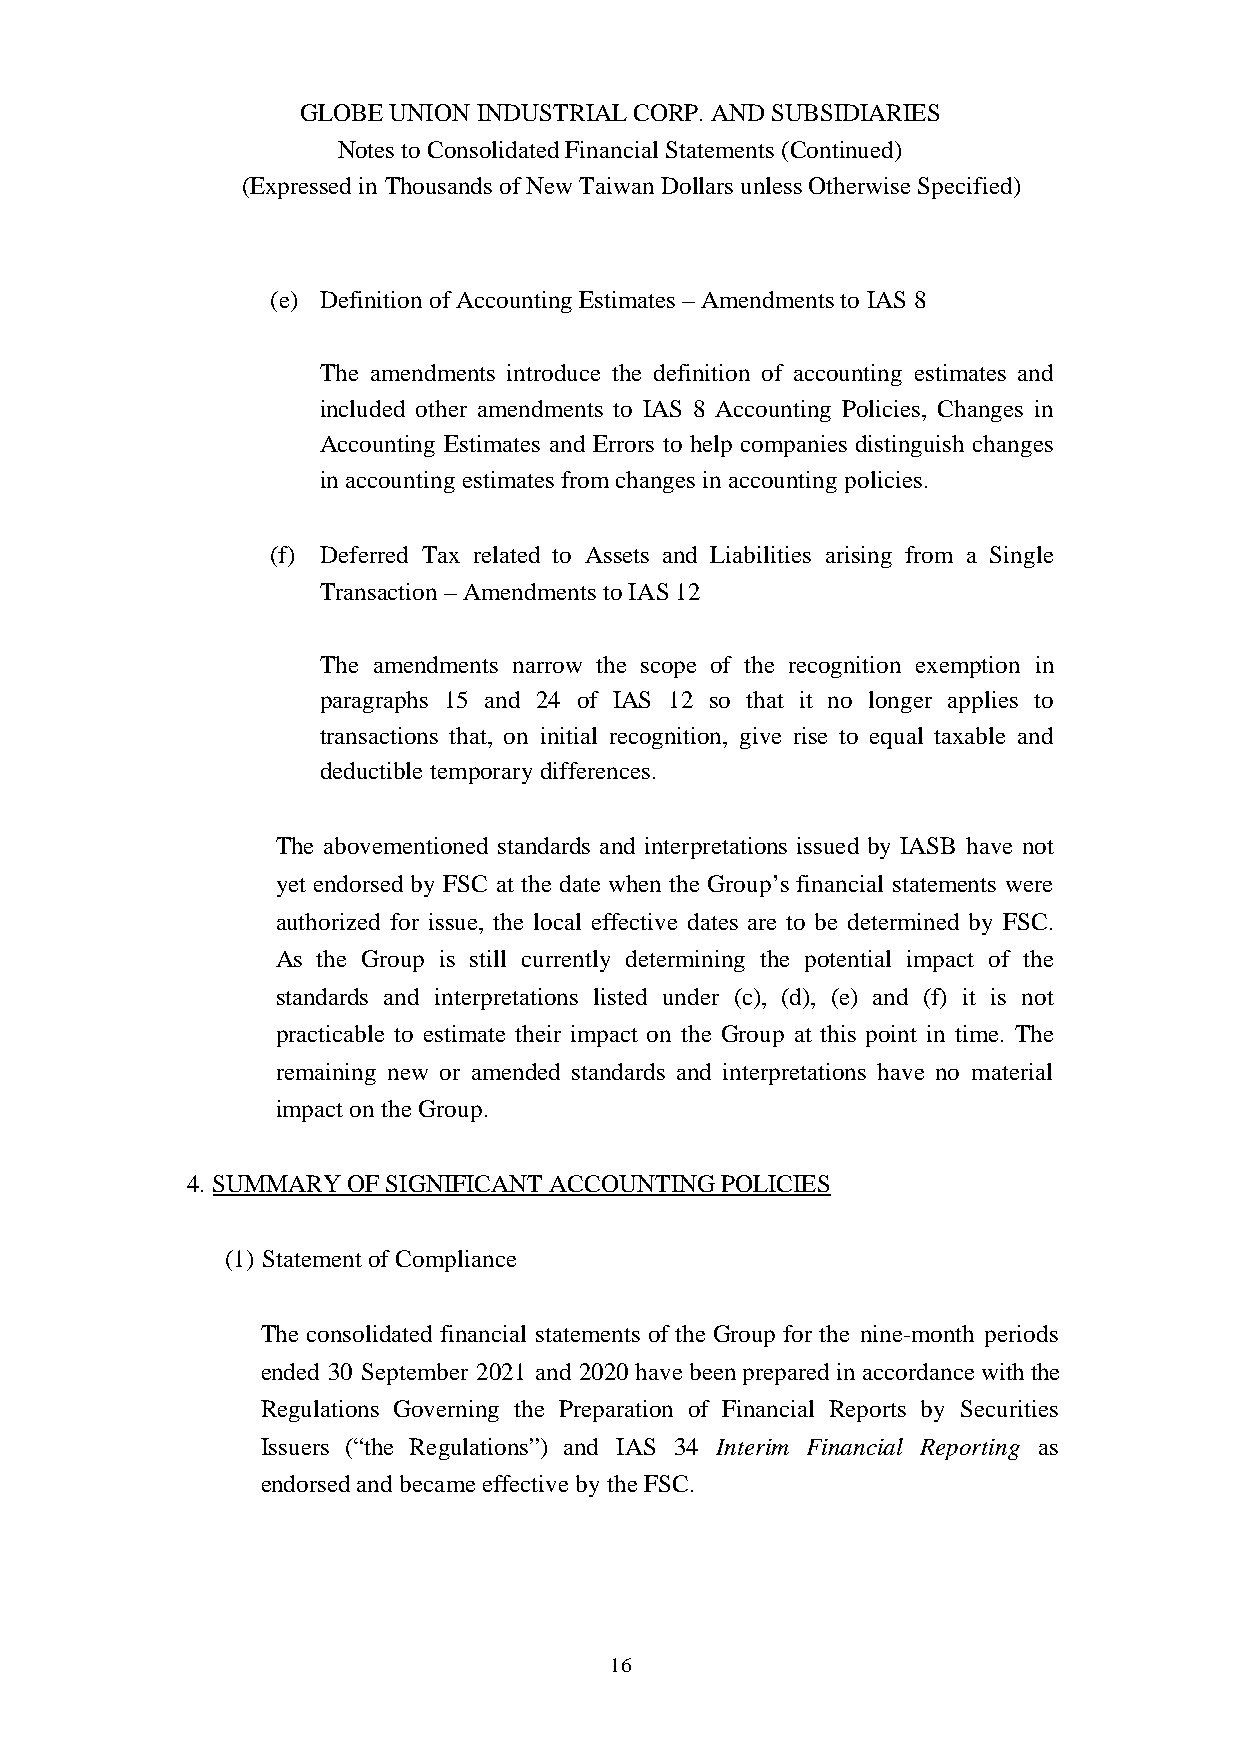
GLOBE UNION INDUSTRIAL CORP. AND SUBSIDIARIES
 Notes to Consolidated Financial Statements (Continued)
 (Expressed in Thousands of New Taiwan Dollars unless Otherwise Specified)
 (e) Definition of Accounting Estimates – Amendments to IAS 8
 The amendments introduce the definition of accounting estimates and
 included other amendments to IAS 8 Accounting Policies, Changes in
 Accounting Estimates and Errors to help companies distinguish changes
 in accounting estimates from changes in accounting policies.
 (f) Deferred Tax related to Assets and Liabilities arising from a Single
 Transaction – Amendments to IAS 12
 The amendments narrow the scope of the recognition exemption in
 paragraphs 15 and 24 of IAS 12 so that it no longer applies to
 transactions that, on initial recognition, give rise to equal taxable and
 deductible temporary differences.
 The abovementioned standards and interpretations issued by IASB have not
 yet endorsed by FSC at the date when the Group’s financial statements were
 authorized for issue, the local effective dates are to be determined by FSC.
 As the Group is still currently determining the potential impact of the
 standards and interpretations listed under (c), (d), (e) and (f) it is not
 practicable to estimate their impact on the Group at this point in time. The
 remaining new or amended standards and interpretations have no material
 impact on the Group.
 4. SUMMARY OF SIGNIFICANT ACCOUNTING POLICIES
 (1) Statement of Compliance
 The consolidated financial statements of the Group for the nine-month periods
 ended 30 September 2021 and 2020 have been prepared in accordance with the
 Regulations Governing the Preparation of Financial Reports by Securities
 Issuers (“the Regulations”) and IAS 34 Interim Financial Reporting as
 endorsed and became effective by the FSC.
 16